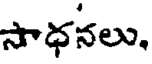
సాధనలు.